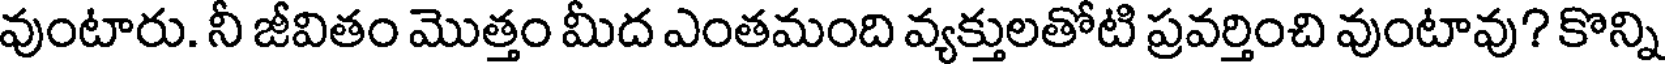
వుంటారు. నీ జీవితం మొత్తం మీద ఎంతమంది వ్యక్తులతోటి ప్రవర్తించి వుంటావు? కొన్ని